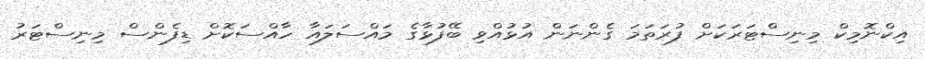
އިކްނޮމިކް މިނިސްޓަރަކަށް ފުރަތަމަ ގެންނަން އުޅުއްވި ބޭފުޅާގެ މައްސަލައާ ހާއްސަކޮށް ޑިފެންސް މިނިސްޓަރު